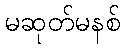
မဆုတ်မနစ်